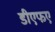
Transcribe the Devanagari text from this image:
डीएफए